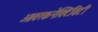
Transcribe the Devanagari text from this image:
ओवरकनेक्टिविटी